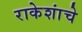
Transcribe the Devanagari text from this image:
राकेशांचे